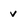
Character: v